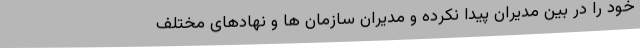
خود را در بین مدیران پیدا نکرده و مدیران سازمان ها و نهادهای مختلف